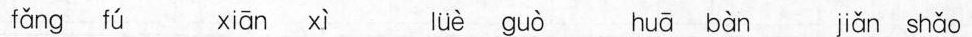
fǎng fú xiān xì lüè guò huā bàn jiǎn shǎo